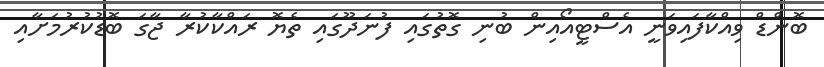
ބޮންޑް ވިއްކާފައިވަނީ އެސްޓީއޯއިން ބުނި ގޮތުގައި ފުނަދޫގައި ތެޔޮ ރައްކާކުރާ ޖާގަ ބޮޑުކުރުމަށާއި